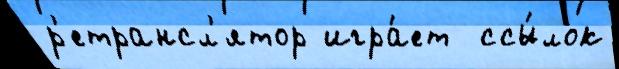
р'етрансл'ятор игра́ет  ссы́лок